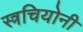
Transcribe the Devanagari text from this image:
स्त्रचियोनी